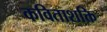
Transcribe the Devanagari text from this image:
कविताशक्ति